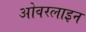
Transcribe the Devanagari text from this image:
ओवरलाइन